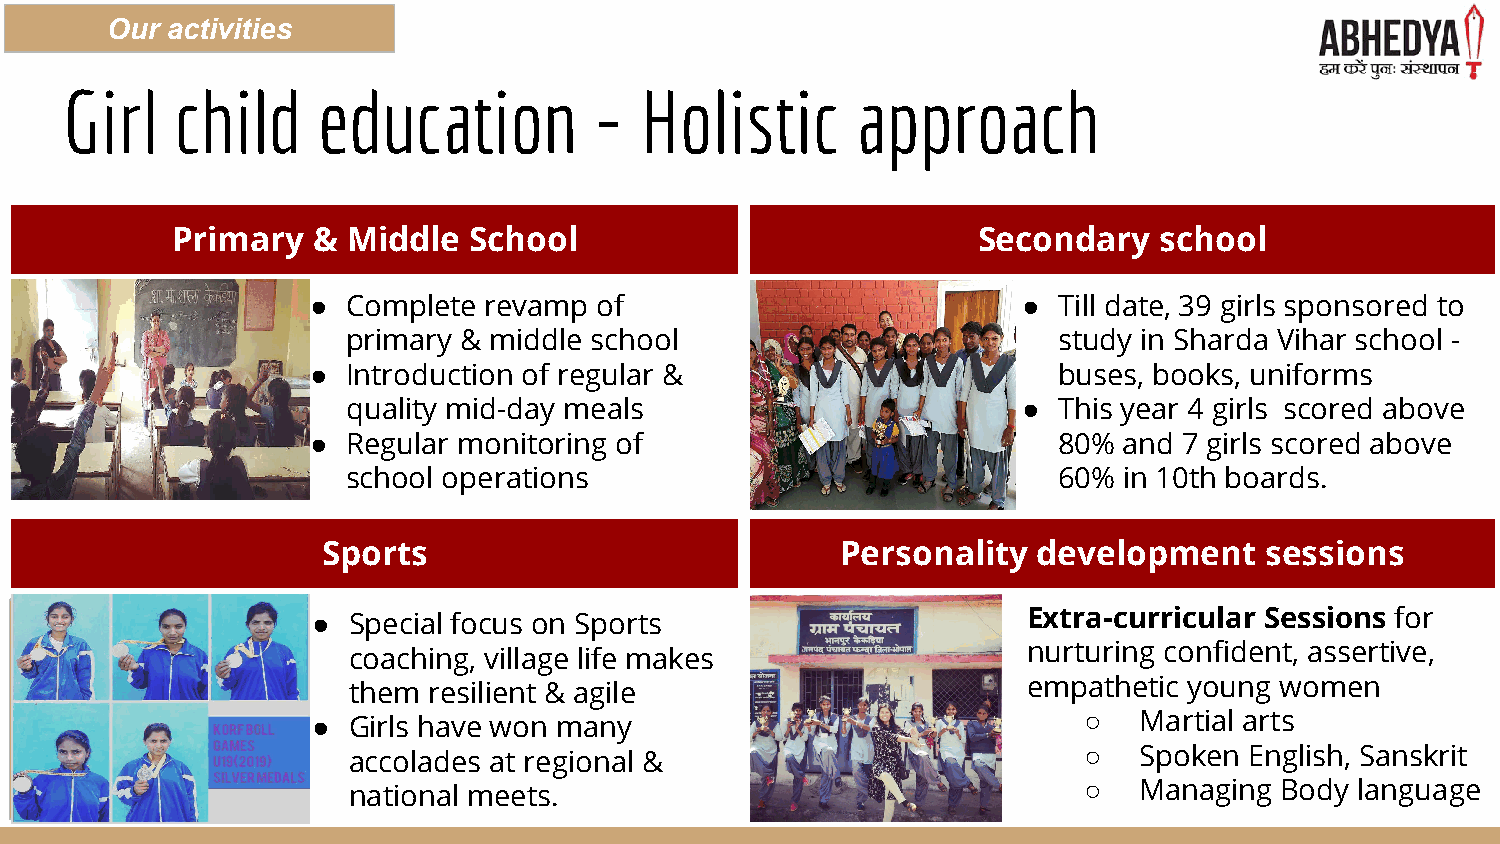
Our activities
 Girl    child    education         -  Holistic       approach
 Primary   & Middle  School                            Secondary   school
 ● Complete revamp of                           ● Till date, 39 girls sponsored to
 primary & middle school                        study in Sharda Vihar school -
 ● Introduction of regular &                      buses, books, uniforms
 quality mid-day meals                        ● This year 4 girls scored above
 ● Regular monitoring of                          80% and 7 girls scored above
 school operations                              60% in 10th boards.
 Sports                             Personality  development    sessions
 ● Special focus on Sports                      Extra-curricular Sessions for
 coaching, village life makes                 nurturing confident, assertive,
 them resilient & agile                       empathetic young women
 ● Girls have won many                              ○  Martial arts
 accolades at regional &                          ○  Spoken  English, Sanskrit
 national meets.                                  ○  Managing  Body language